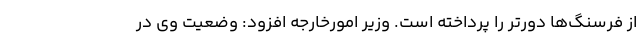
از فرسنگ‌ها دورتر را پرداخته است. وزیر امورخارجه افزود: وضعیت وی در